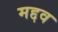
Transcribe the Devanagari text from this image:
मद्दव